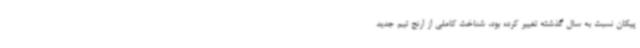
پیکان نسبت به سال گذشته تغییر کرده بود، شناخت کاملی از ارنج تیم جدید